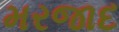
મરજાદ